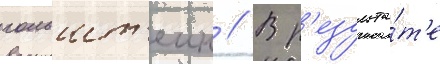
гольшт'еин // В р'езульта́т'е